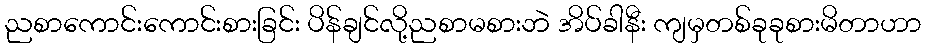
ညစာကောင်းကောင်းစားခြင်း ပိန်ချင်လို့ညစာမစားဘဲ အိပ်ခါနီး ကျမှတစ်ခုခုစားမိတာဟာ